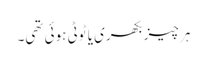
ہر چیز بکھری یا ٹوٹی ہوئی تھی۔